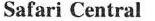
Safari Central